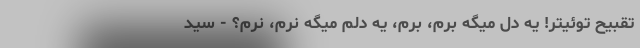
تقبیح توئیتر! یه دل میگه برم، برم، یه دلم میگه نَرَم، نَرَم؟ - سید